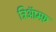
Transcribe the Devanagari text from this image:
ट्रिऑम्फ़